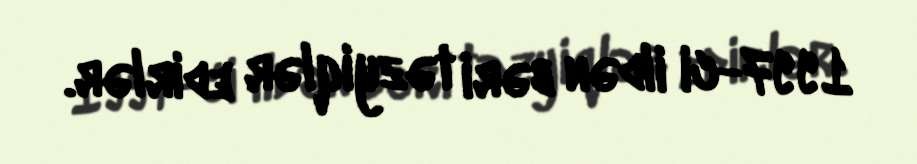
1997-ci ildən bəri təzyiqlər edirlər.